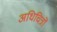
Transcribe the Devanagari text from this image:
अधिचित्रों